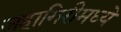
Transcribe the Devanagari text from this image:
जहागिरीमध्‍ये